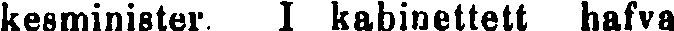
kesminister I kabinettett hafva